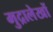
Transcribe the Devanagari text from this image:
मुद्रालेखों